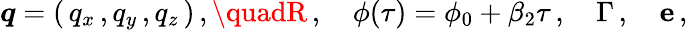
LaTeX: \boldsymbol{q}=(\, q_{x}\, ,q_{y}\, ,q_{z}\, )\, ,\quadR\, ,\quad\phi(\tau)=\phi_{0}+\beta_{2}\tau\, ,\quad\Gamma\, ,\quad{\boldsymbol{\mathrm{e}}}\, ,